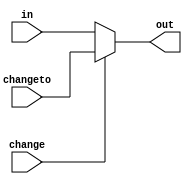
module plugboardchanger(in, out, changeto, change);
    input [25:0] in;
    input [25:0] changeto;
    input change;
    
    output [25:0] out;
    reg out;
    
    always @(*)
    
	begin
	    if (change)
		out = changeto;
	    else
		out = in;
	end
endmodule